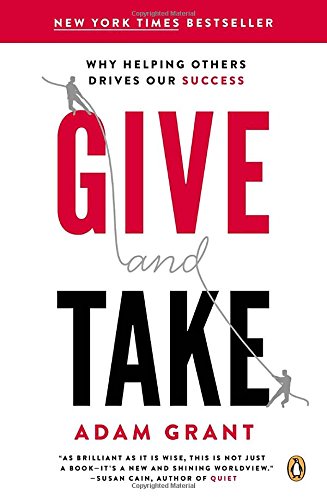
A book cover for Give and Take: Why Helping Others Drives Our Success; Adam M. Grant; Business & Money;